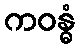
ကဝန္ဓံ